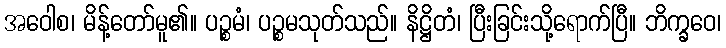
အဝေါစ၊ မိန့်တော်မူ၏။ ပဉ္စမံ၊ ပဉ္စမသုတ်သည်။ နိဋ္ဌိတံ၊ ပြီးခြင်းသို့ရောက်ပြီ။ ဘိက္ခဝေ၊